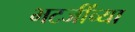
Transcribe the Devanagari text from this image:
भटजींच्या